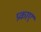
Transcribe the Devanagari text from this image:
प्रकाए